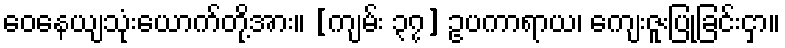
ဝေနေယျသုံးယောက်တို့အား။ [ကျမ်း ၃၇] ဥပကာရာယ၊ ကျေးဇူးပြုခြင်းငှာ။